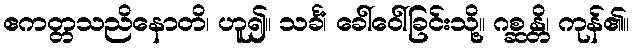
ဧကတ္တသညိနောတိ၊ ဟူ၍။ သင်္ခံ၊ ခေါ်ဝေါ်ခြင်းသို့။ ဂစ္ဆန္တိ၊ ကုန်၏။